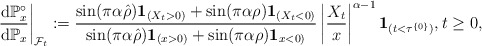
\begin{align*}\left.\frac{{\rm d}\mathbb{P}^\circ_x}{{\rm d}\mathbb{P}_x}\right|_{\mathcal{F}_t}: = \frac{\sin(\pi\alpha\hat\rho)\mathbf{1}_{(X_t>0)} + \sin(\pi\alpha\rho)\mathbf{1}_{(X_t<0)}}{\sin(\pi\alpha\hat\rho)\mathbf{1}_{(x>0)} + \sin(\pi\alpha\rho)\mathbf{1}_{x <0)}}\left|\frac{X_t}{x}\right|^{\alpha-1}\mathbf{1}_{(t<\tau^{\{0\}})},t\geq 0,\end{align*}